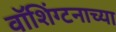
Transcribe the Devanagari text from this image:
वॉशिंग्टनाच्या